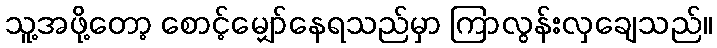
သူ့အဖို့တော့ စောင့်မျှော်နေရသည်မှာ ကြာလွန်းလှချေသည်။